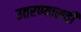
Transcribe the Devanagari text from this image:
उतरण्यासही